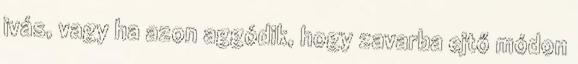
ivás, vagy ha azon aggódik, hogy zavarba ejtő módon